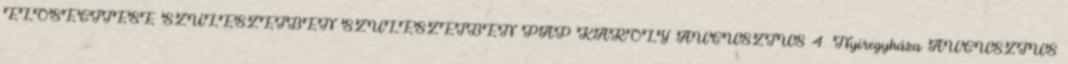
ELŐSEGÍTÉSE SZÜLÉSZETBEN SZÜLÉSZETBEN PAP KÁROLY AUGUSZTUS 4. Nyíregyháza AUGUSZTUS